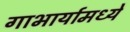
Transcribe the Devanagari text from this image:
गाभार्यामध्ये